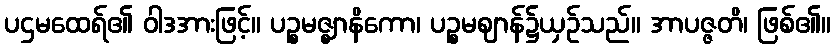
ပဌမထေရ်၏ ဝါဒအားဖြင့်။ ပဉ္စမဇ္ဈာနိကော၊ ပဉ္စမဈာန်၌ယှဉ်သည်။ အာပဇ္ဇတိ၊ ဖြစ်၏။